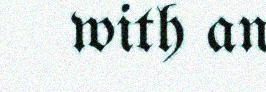
with an